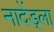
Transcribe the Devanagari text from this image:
नादेंड्ला